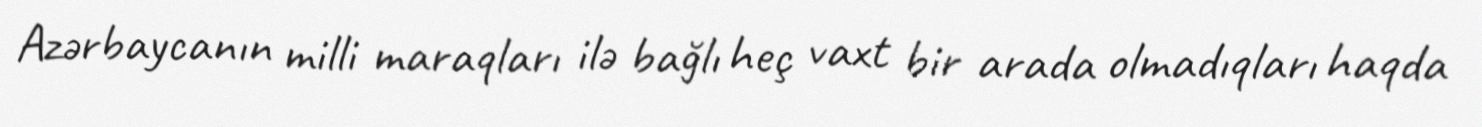
Azərbaycanın milli maraqları ilə bağlı heç vaxt bir arada olmadıqları haqda